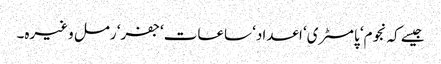
جیسے کہ نجوم‘ پامسٹری‘ اعداد‘ ساعات‘ جفر‘ رمل وغیرہ۔